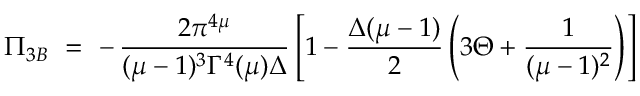
\Pi _ { 3 B } ~ = ~ - \, \frac { 2 \pi ^ { 4 \mu } } { ( \mu - 1 ) ^ { 3 } \Gamma ^ { 4 } ( \mu ) \Delta } \left[ 1 - \frac { \Delta ( \mu - 1 ) } { 2 } \left( 3 \Theta + \frac { 1 } { ( \mu - 1 ) ^ { 2 } } \right) \right]